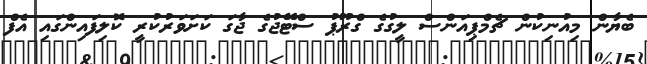
ބެޔާން މިއުނިކުން ޗެމްޕިއަންސް ލީގުގެ ގްރޫޕު ސްޓޭޖުގެ ޖާގަ ކަށަވަރުކުރީ ކޮލިފައިންގައި އެފް